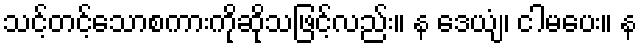
သင့်တင့်သောစကားကိုဆိုသဖြင့်လည်း။ န ဒေယျံ၊ ငါမပေး။ န